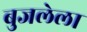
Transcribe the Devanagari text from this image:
बुजलेला